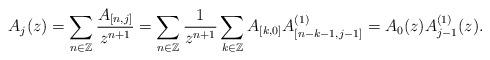
LaTeX: \begin{align*}A_{j}(z)=\sum_{n\in\mathbb{Z}}\frac{A_{[n,j]}}{z^{n+1}}=\sum_{n\in\mathbb{Z}}\frac{1}{z^{n+1}}\sum_{k\in\mathbb{Z}}A_{[k,0]} A_{[n-k-1,j-1]}^{(1)}=A_{0}(z) A_{j-1}^{(1)}(z).\end{align*}